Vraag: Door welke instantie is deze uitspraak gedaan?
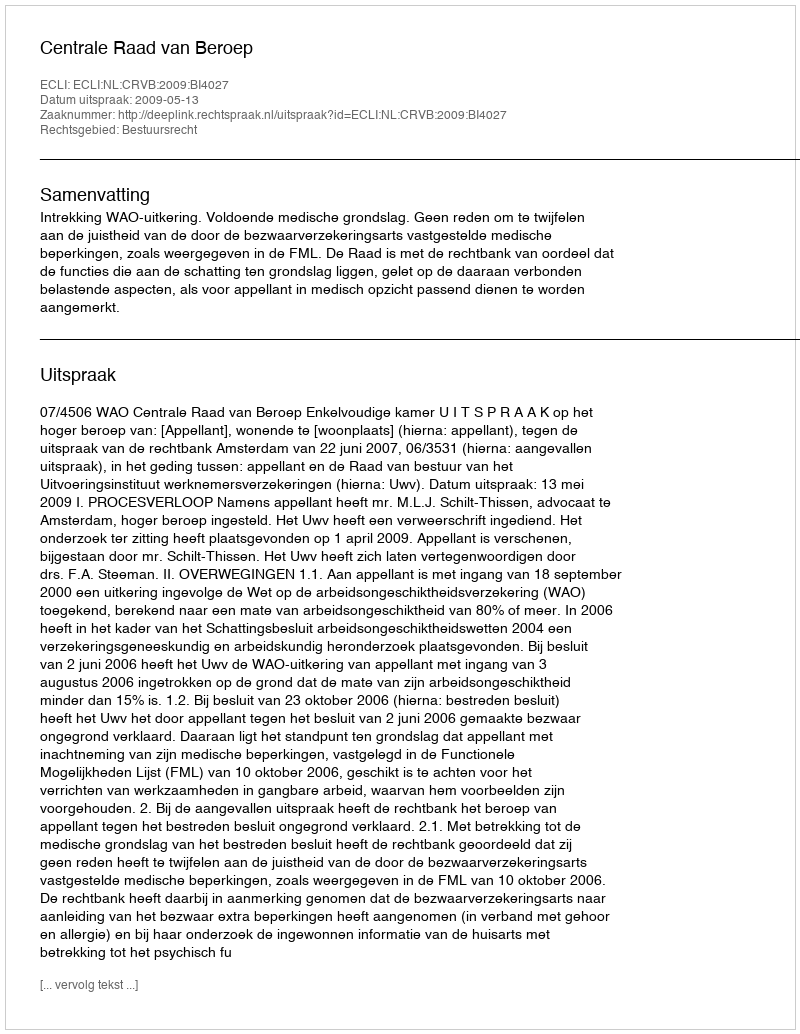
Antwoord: Centrale Raad van Beroep